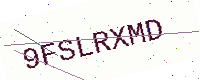
Text: 9FSLRXMD